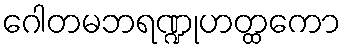
ဂေါတမဘရဏ္ဍုဟတ္ထကော